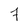
Character: 7